Cholera in India, 1862 to 1881
Year: 1862
Disease focus: Cholera
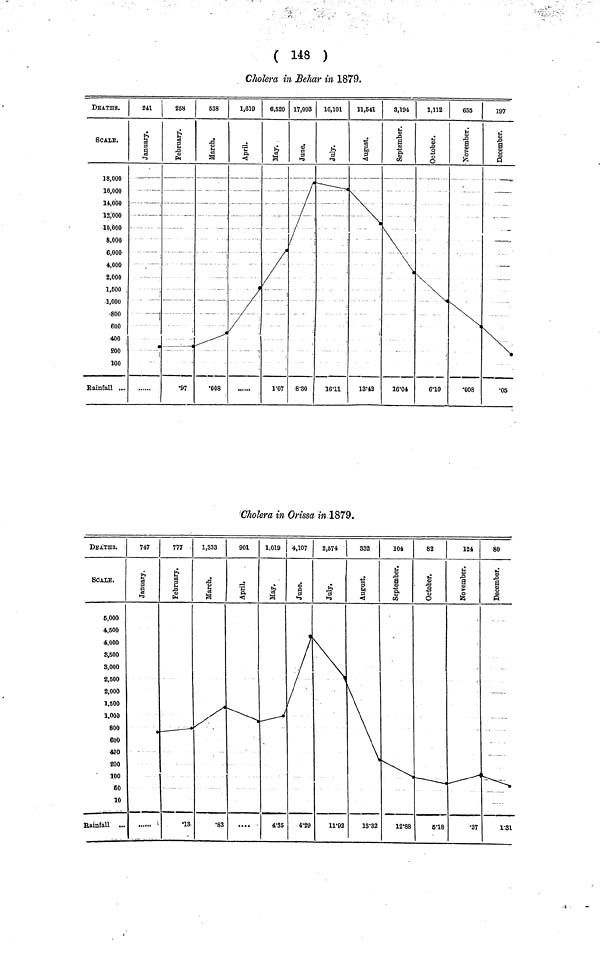
( 148 )
Cholera in Behar in 1879.